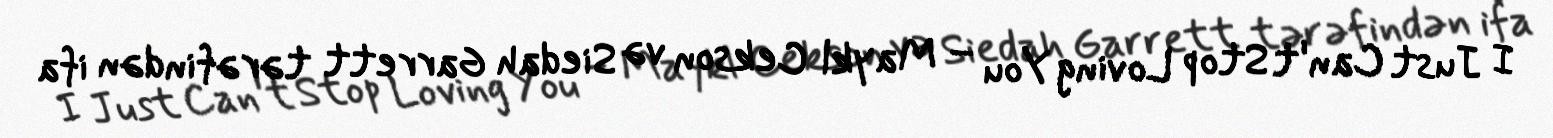
I Just Can't Stop Loving You – Maykl Cekson və Siedah Garrett tərəfindən ifa